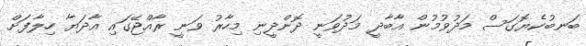
ބަނބުކެޔޮގަސް މަދުވުމުން އާބާދީ މަދުވަނީ ދޮންދީނި މިހާރު ވަނީ ރާއްޖޭގައި އާދަޔާ ހިލާފަށް